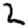
Digit: 2